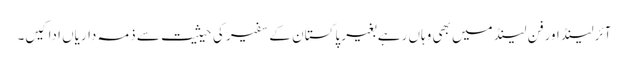
آئرلینڈ اورفن لینڈ میں بھی وہاں رہے بغیر پاکستان کے سفیر کی حیثیت سے ذمہ داریاں ادا کیں۔